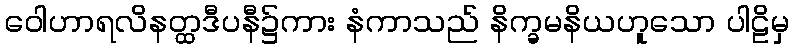
ဝေါဟာရလိနတ္ထဒီပနီ၌ကား နံကာသည် နိက္ခမနိယဟူသော ပါဠိမှ